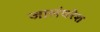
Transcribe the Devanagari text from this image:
जालंधरेश